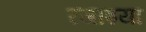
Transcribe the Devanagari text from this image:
रजाइयां